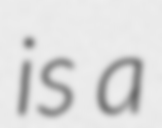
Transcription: is a